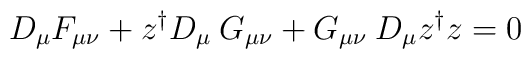
D_{\mu} F_{\mu\nu}+z^{\dagger}D_{\mu}\: G_{\mu \nu}+G_{\mu \nu}\: D_{\mu}z^{\dagger}z=0